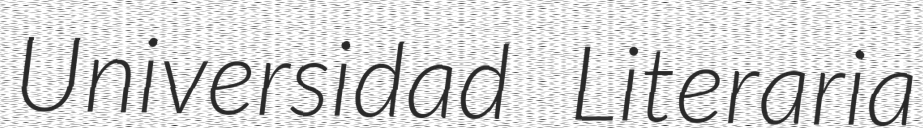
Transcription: Universidad Literaria